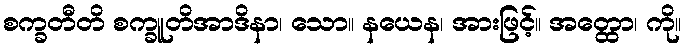
စက္ခတီတိ စက္ခူတိအာဒိနာ၊ သော။ နယေန၊ အားဖြင့်။ အတ္ထော၊ ကို။